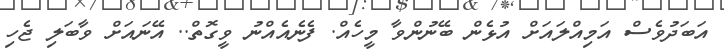
އަބަދުވެސް އަމިއްލައަށް އުޅެން ބޭނުންވާ މީހެއް. ފެނެއެއްނު ވީގޮތް.. އޭނައަށް ވާބަލި ޖެހި